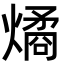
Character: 燏